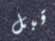
قبل